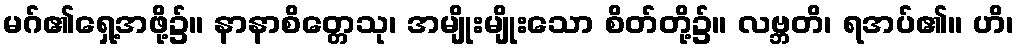
မဂ်၏ရှေ့အဖို့၌။ နာနာစိတ္တေသု၊ အမျိုးမျိုးသော စိတ်တို့၌။ လဗ္ဘတိ၊ ရအပ်၏။ ဟိ၊